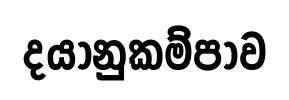
දයානුකම්පාව